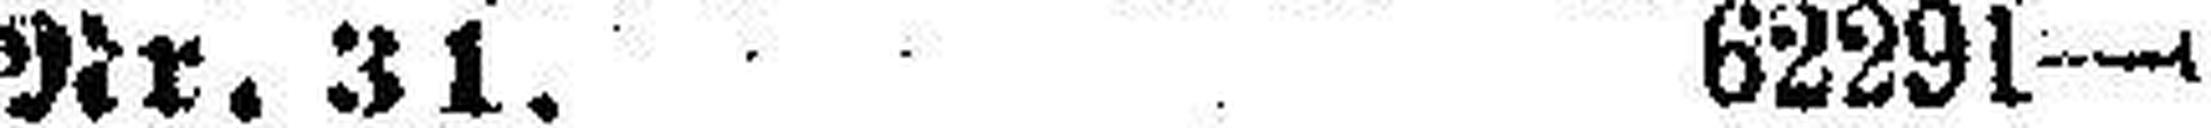
Nr. .1. 62291—9